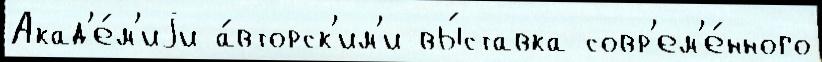
Акад'е́м'иjи а́вторск'им'и вы́ставка совр'ем'е́нного